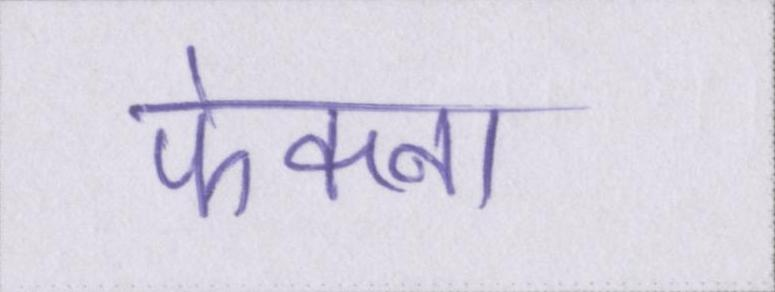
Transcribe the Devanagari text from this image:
फेकना